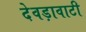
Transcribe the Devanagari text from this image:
देवड़ावाटी